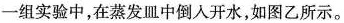
一组实验中，在蒸发皿中倒入开水，如图乙所示。